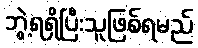
ဘွဲ့ရရှိပြီးသူဖြစ်ရမည်